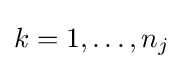
k=1,\ldots ,n_{j}